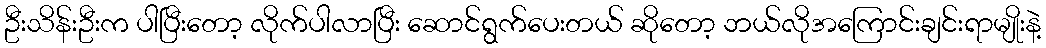
ဦးသိန်းဦးက ပါပြီးတော့ လိုက်ပါလာပြီး ဆောင်ရွက်ပေးတယ် ဆိုတော့ ဘယ်လိုအကြောင်းချင်းရာမျိုးနဲ့